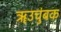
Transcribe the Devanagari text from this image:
ॠउचुंबक